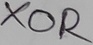
Text: XOR